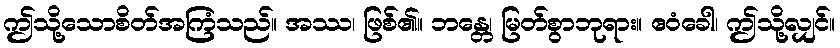
ဤသို့သောစိတ်အကြံသည်။ အဿ၊ ဖြစ်၏။ ဘန္တေ၊ မြတ်စွာဘုရား။ ဧဝံခေါ၊ ဤသို့လျှင်။